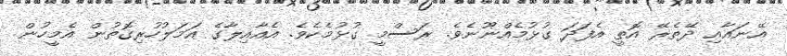
އޭނައާއި ދޭތެރޭ އޮތީ އެފަދަ ގުޅުމެއްނޫނެވެ. ރަސްމީ ގުޅުމެކެވެ. އެއާއިލާގެ އަމަލުހުރިގޮތުން އެމީހުން